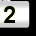
Digit: 2